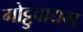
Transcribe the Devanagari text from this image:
गोट्टुवाद्यम